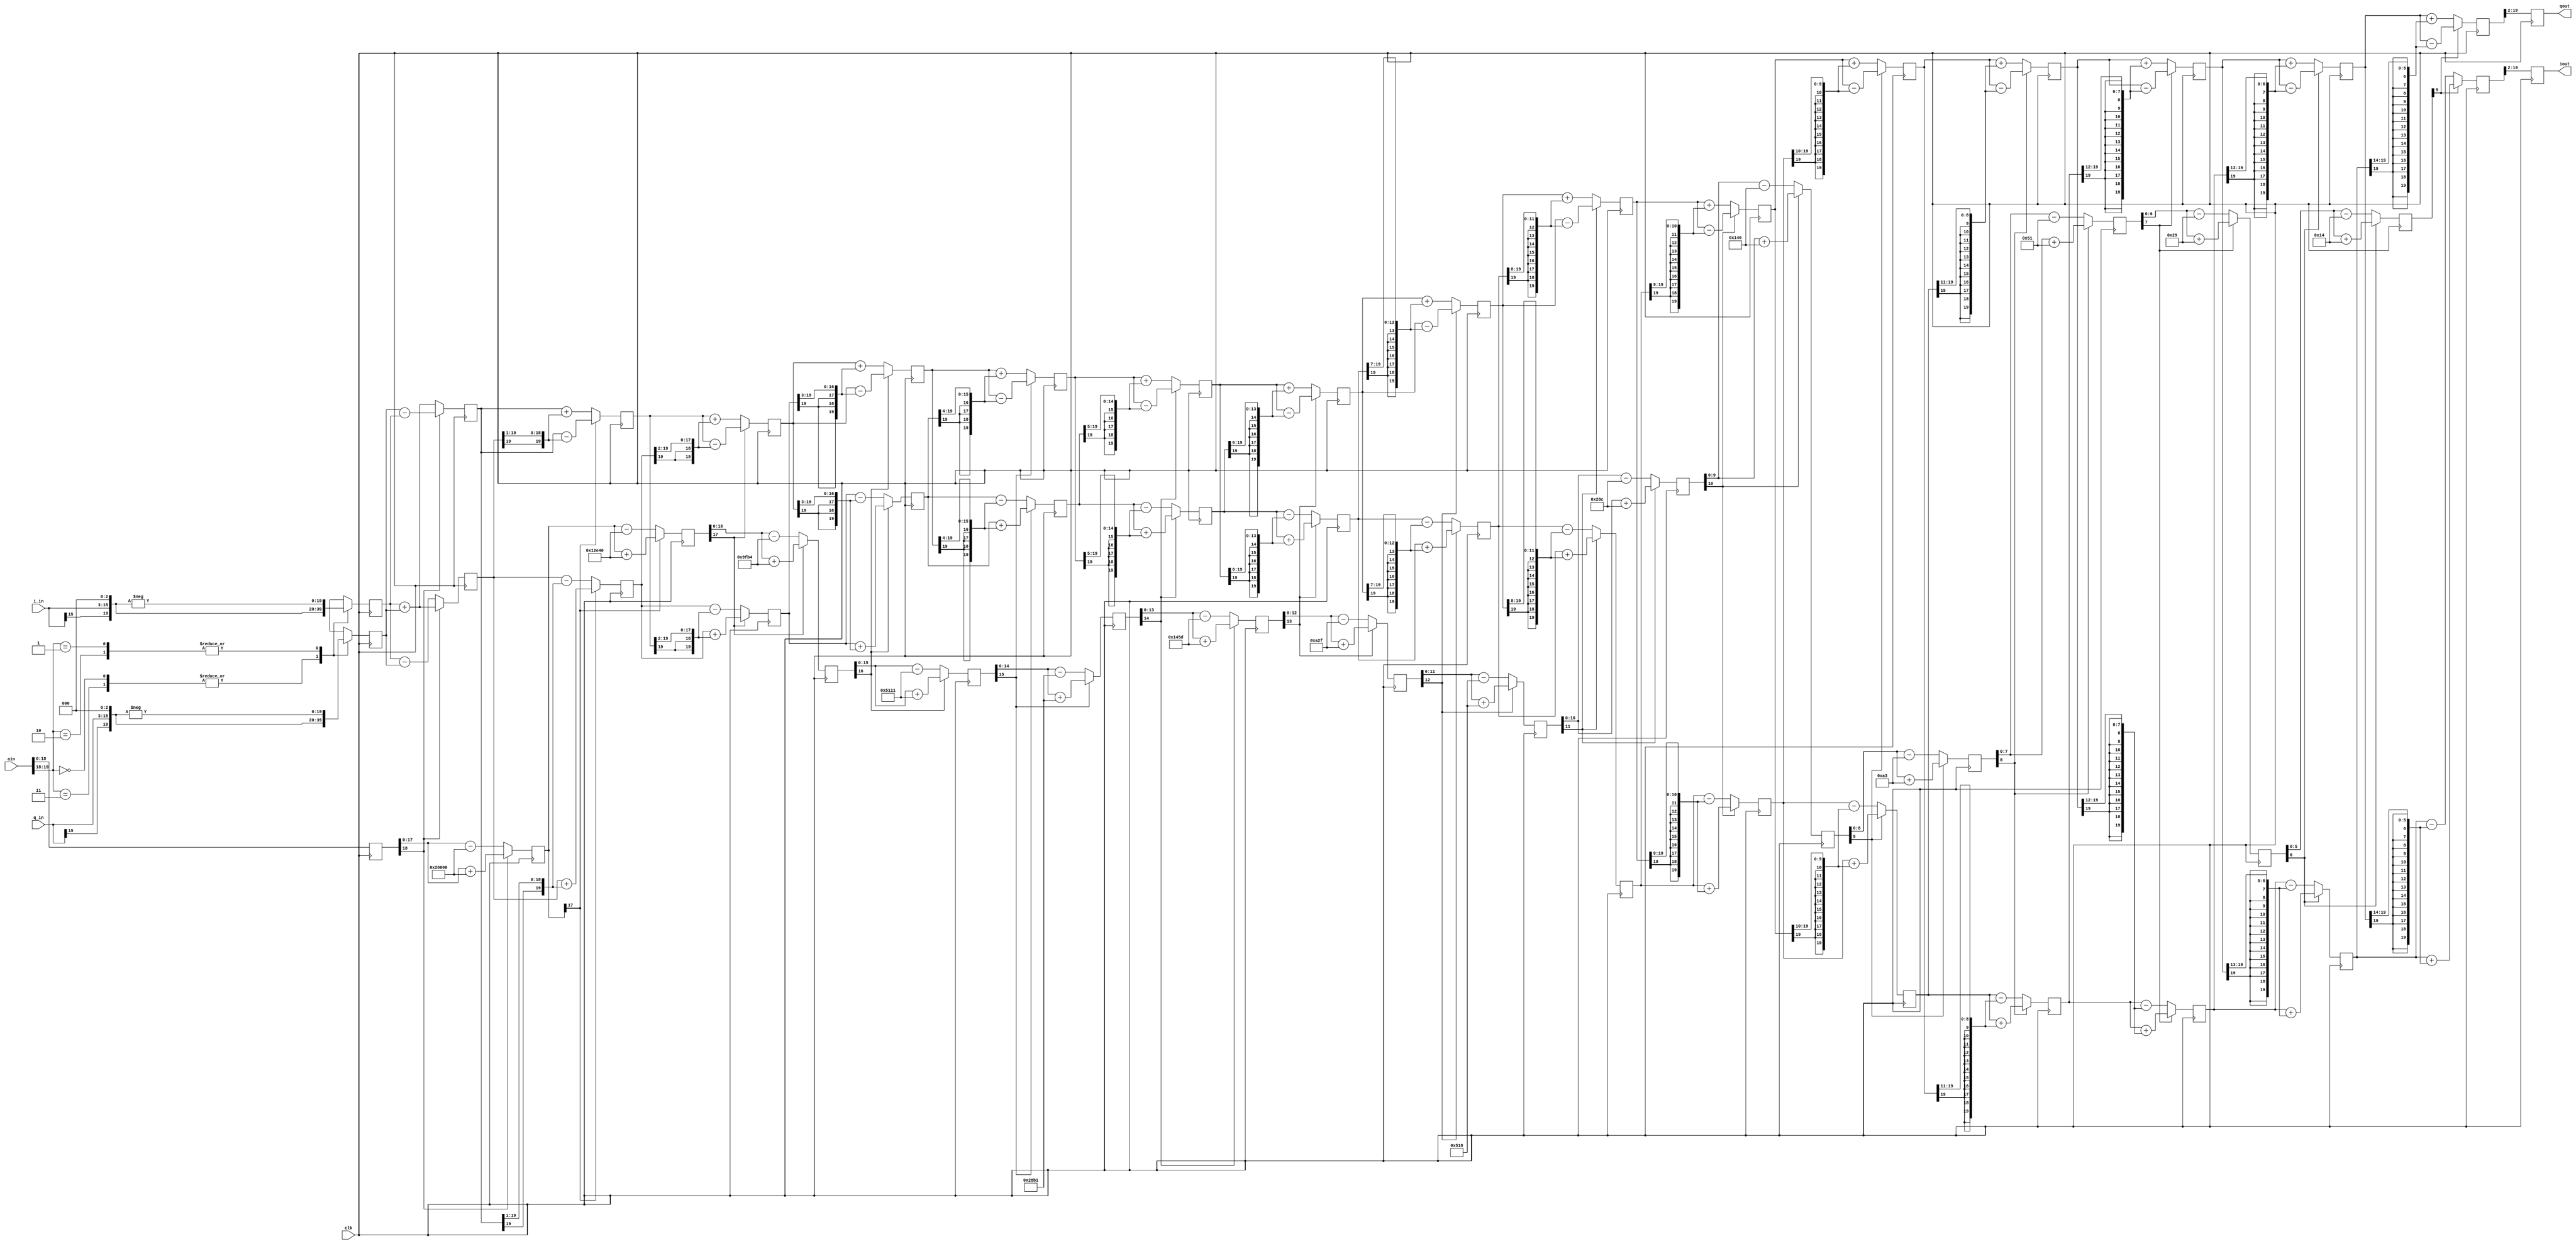
/*
 * Spectrum and Network Analyzer
 * Copyright 2005-2007 Darrell Harmon
 *
 * This program is free software; you can redistribute it and/or modify
 * it under the terms of the GNU General Public License as published by
 * the Free Software Foundation; either version 2 of the License, or
 * (at your option) any later version.
 * 
 * This program is distributed in the hope that it will be useful,
 * but WITHOUT ANY WARRANTY; without even the implied warranty of
 * MERCHANTABILITY or FITNESS FOR A PARTICULAR PURPOSE.  See the
 * GNU General Public License for more details.
 * 
 * You should have received a copy of the GNU General Public License
 * along with this program; if not, write to the Free Software
 * Foundation, Inc., 51 Franklin St, Fifth Floor, Boston, MA  02110-1301  USA
 */

// Modified by Phil Harman, VK6APH, to take complex input. 


/*
 *	  Basic CORDIC function
 *
 *    if phase < target 
 *
 *     P(n) = P(n-1) + arctan(1/2^n)
 *	
 *	  (sin)   I(n) = I(n-1) - Q(n-1)/2^n
 *    (cos)   Q(n) = Q(n-1) + I(n-1)/2^n
 *
 *    if phase > target 
 *
 *     P(n) = P(n-1) - arctan(1/2^n)
 *
 *	  (sin)   I(n) = I(n-1) + Q(n-1)/2^n
 *    (cos)   Q(n) = Q(n-1) - I(n-1)/2^n
 *    
 */

/*
 * CORDIC Rotator
 * 16 bit complex input, 18 bit I/Q output, gain = 3.2934
 * 20 bit phase input, scale: pi radians = 2^19
 * SFDR appears to be > 105 dB
 * Can be used for sin/cos or vector rotation
 * Fully pipelined, latency of 17 cycles
 *
 */

module cordic_16(i_in, q_in, iout, qout, ain, clk);
   input [19:0]    ain; // Angle 
   input [15:0]    i_in, q_in; // I&Q inputs to CORDIC rotator
   output [17:0]   iout, qout; // I/Q output
   reg [17:0]      iout, qout;
   input           clk;
   reg [18:0]     a0;
   reg [17:0]     a1;
   reg [17:0]     a2;
   reg [16:0]     a3;
   reg [15:0]     a4;
   reg [14:0]     a5;
   reg [13:0]     a6;
   reg [12:0]     a7;
   reg [11:0]     a8;
   reg [10:0]     a9;
   reg [9:0]      a10;
   reg [8:0]      a11;
   reg [7:0]      a12;
   reg [6:0]      a13;
   reg [5:0]      a14;
   reg [4:0]      a15;
   reg [3:0]      a16;
   reg [19:0]     i0,i1, i2, i3, i4, i5, i6, i7, i8, i9;
   reg [19:0]     i10, i11, i12, i13, i14, i15, i16, i17;
   reg [19:0]     q0, q1, q2, q3, q4, q5, q6, q7, q8, q9;
   reg [19:0]     q10, q11, q12, q13, q14, q15, q16, q17;

   /*
    * This is the cordic pipeline
    * The constants are calcuated as follows:  Using base 2^17 then 
    * arctan 1 = 45 degrees = 2^17 = d131072
    * arctan 1/2 = 26.565 degrees = 2^17 * 26.565/45 = d77376
    * arctan 1/4 = 14.036 degrees = 2^17 * 14.036/45 = d40884
    * arctan 1/8 =  7.125 degrees = 2^17 *  7.125/45 = d20753 etc
   */
 
   always @ (posedge clk)
     begin
		a0 <= ain[18:0]; 
		// Top two bits give quadrant	
		case (ain[19:18])
		2'b00,2'b11: begin
					i0 <= {i_in[15],i_in,3'd0};
					q0 <= {q_in[15],q_in,3'd0};
					end
		2'b01,2'b10: begin
					i0 <= -{i_in[15],i_in,3'd0};
					q0 <= -{q_in[15],q_in,3'd0};
					end
		endcase
	
        /* 45 degrees */
		a1 <= a0[18] ? a0[17:0] + 18'd131072 : a0[17:0] - 18'd131072;
		i1 <= a0[18] ? i0 + q0 : i0 - q0;
		q1 <= a0[18] ? q0 - i0 : q0 + i0;

        /* 26.565 degrees */
        a2 <= a1[17] ? a1 + 18'd77376 : a1 - 18'd77376;
        i2 <= a1[17] ? i1 + {q1[19], q1[19:1]}: i1 - {q1[19], q1[19:1]}; 
        q2 <= a1[17] ? q1 - {i1[19], i1[19:1]}: q1 + {i1[19], i1[19:1]};

        /* 14.036 degrees */
        a3 <= a2[17] ? a2[16:0] + 17'd40884 : a2[16:0] - 17'd40884;
        i3 <= a2[17] ? i2 + {{2{q2[19]}}, q2[19:2]}: i2 - {{2{q2[19]}}, q2[19:2]};
        q3 <= a2[17] ? q2 - {{2{i2[19]}}, i2[19:2]}: q2 + {{2{i2[19]}}, i2[19:2]};

        /* 7.125 degrees */
        a4 <= a3[16] ? a3[15:0] + 16'd20753 : a3[15:0] - 16'd20753;
        i4 <= a3[16] ? i3 + {{3{q3[19]}}, q3[19:3]}: i3 - {{3{q3[19]}}, q3[19:3]};
        q4 <= a3[16] ? q3 - {{3{i3[19]}}, i3[19:3]}: q3 + {{3{i3[19]}}, i3[19:3]};

        /* 3.576 degrees */
        a5 <= a4[15] ? a4[14:0] + 15'd10417 : a4[14:0] - 15'd10417;
        i5 <= a4[15] ? i4 + {{4{q4[19]}}, q4[19:4]}: i4 - {{4{q4[19]}}, q4[19:4]};
        q5 <= a4[15] ? q4 - {{4{i4[19]}}, i4[19:4]}: q4 + {{4{i4[19]}}, i4[19:4]};
 
        /* 1.790 degrees */
        a6 <= a5[14] ? a5[13:0] + 14'd5213 : a5[13:0] - 14'd5213;
        i6 <= a5[14] ? i5 + {{5{q5[19]}}, q5[19:5]}: i5 - {{5{q5[19]}}, q5[19:5]};
        q6 <= a5[14] ? q5 - {{5{i5[19]}}, i5[19:5]}: q5 + {{5{i5[19]}}, i5[19:5]};

        /* 0.895 degrees */
        a7 <= a6[13] ? a6[12:0] + 13'd2607 : a6[12:0] - 13'd2607;
        i7 <= a6[13] ? i6 + {{6{q6[19]}}, q6[19:6]}: i6 - {{6{q6[19]}}, q6[19:6]};
        q7 <= a6[13] ? q6 - {{6{i6[19]}}, i6[19:6]}: q6 + {{6{i6[19]}}, i6[19:6]};

        /* 0.448 degrees */
        a8 <= a7[12] ? a7[11:0] + 12'd1304 : a7[11:0] - 12'd1304;
        i8 <= a7[12] ? i7 + {{7{q7[19]}}, q7[19:7]}: i7 - {{7{q7[19]}}, q7[19:7]};
        q8 <= a7[12] ? q7 - {{7{i7[19]}}, i7[19:7]}: q7 + {{7{i7[19]}}, i7[19:7]};

        /* 0.224 degrees */
        a9 <= a8[11] ? a8[10:0] + 11'd652 : a8[10:0] - 11'd652;
        i9 <= a8[11] ? i8 + {{8{q8[19]}}, q8[19:8]}: i8 - {{8{q8[19]}}, q8[19:8]};
        q9 <= a8[11] ? q8 - {{8{i8[19]}}, i8[19:8]}: q8 + {{8{i8[19]}}, i8[19:8]};

        /* 0.1119 degrees */
        a10 <= a9[10] ? a9[9:0] + 10'd326 : a9[9:0] - 10'd326;
        i10 <= a9[10] ? i9 + {{9{q9[19]}}, q9[19:9]}: i9 - {{9{q9[19]}}, q9[19:9]};
        q10 <= a9[10] ? q9 - {{9{i9[19]}}, i9[19:9]}: q9 + {{9{i9[19]}}, i9[19:9]};

        /* 0.05595 degrees */
        a11 <= a10[9] ? a10[8:0] + 9'd163 : a10[8:0] - 9'd163;
        i11 <= a10[9] ? i10 + {{10{q10[19]}}, q10[19:10]}: i10 - {{10{q10[19]}}, q10[19:10]};
        q11 <= a10[9] ? q10 - {{10{i10[19]}}, i10[19:10]}: q10 + {{10{i10[19]}}, i10[19:10]};

        // 0.02798 degrees 
        a12 <= a11[8] ? a11[7:0] + 8'd81 : a11[7:0] - 8'd81;
        i12 <= a11[8] ? i11 + {{11{q11[19]}}, q11[19:11]}: i11 - {{11{q11[19]}}, q11[19:11]};
        q12 <= a11[8] ? q11 - {{11{i11[19]}}, i11[19:11]}: q11 + {{11{i11[19]}}, i11[19:11]};

        // 0.01399 degrees 
        a13 <= a12[7] ? a12[6:0] + 7'd41 : a12[6:0] - 7'd41;
        i13 <= a12[7] ? i12 + {{12{q12[19]}}, q12[19:12]}: i12 - {{12{q12[19]}}, q12[19:12]};
        q13 <= a12[7] ? q12 - {{12{i12[19]}}, i12[19:12]}: q12 + {{12{i12[19]}}, i12[19:12]};

        // 0.00699 degrees 
        a14 <= a13[6] ? a13[5:0] + 6'd20 : a13[5:0] - 6'd20;
        i14 <= a13[6] ? i13 + {{13{q13[19]}}, q13[19:13]}: i13 - {{13{q13[19]}}, q13[19:13]};
        q14 <= a13[6] ? q13 - {{13{i13[19]}}, i13[19:13]}: q13 + {{13{i13[19]}}, i13[19:13]};

        // 0.00350 degrees 
        //a15 <= a14[5] ? a14[4:0] + 5'd10 : a14[4:0] - 5'd10;
        i15 <= a14[5] ? i14 + {{14{q14[19]}}, q14[19:14]}: i14 - {{14{q14[19]}}, q14[19:14]};
        q15 <= a14[5] ? q14 - {{14{i14[19]}}, i14[19:14]}: q14 + {{14{i14[19]}}, i14[19:14]};
/*
        // 0.00175 degrees 
        a16 <= a15[4] ? (a15[3:0] + 4'd5) : (a15[3:0] - 4'd5);
		i16 <= a15[4] ? i15 + {{15{q15[19]}}, q15[19:15]}: i15 - {{15{q15[19]}}, q15[19:15]};
        q16 <= a15[4] ? q15 - {{15{i15[19]}}, i15[19:15]}: q15 + {{15{i15[19]}}, i15[19:15]};

        // 0.00087 degrees 
		i17 <= a16[3] ? i16 + {{16{q16[19]}}, q16[19:16]}: i16 - {{16{q16[19]}}, q16[19:16]};
        q17 <= a16[3] ? q16 - {{16{i16[19]}}, i16[19:16]}: q16 + {{16{i16[19]}}, i16[19:16]};
        // Output 
        //iout[17:0] <= (i17[1:0] > 2) ? i17[19:2] + 18'd1 : i17[19:2];
        //qout[17:0] <= (i17[1:0] > 2) ? q17[19:2] + 18'd1 : q17[19:2];
*/

		iout[17:0] <= i15[19:2];  // seems to give lower noise floor than stage 17. 
		qout[17:0] <= q15[19:2];
		

     end // always @ (posedge clk)
endmodule // cordic_16